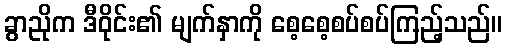
ခွာညိုက ဒီဝိုင်း၏ မျက်နှာကို စေ့စေ့စပ်စပ်ကြည့်သည်။